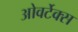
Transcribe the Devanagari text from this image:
ओवर्टेक्स